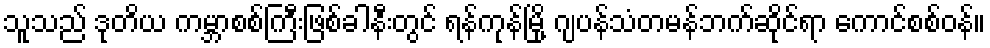
သူသည် ဒုတိယ ကမ္ဘာစစ်ကြီးဖြစ်ခါနီးတွင် ရန်ကုန်မြို့ ဂျပန်သံတမန်ဘက်ဆိုင်ရာ ကောင်စစ်ဝန်။